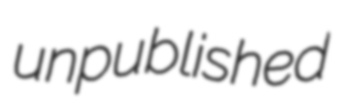
unpublished